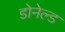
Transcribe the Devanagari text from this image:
डोनेल्ड